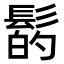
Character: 𩭲